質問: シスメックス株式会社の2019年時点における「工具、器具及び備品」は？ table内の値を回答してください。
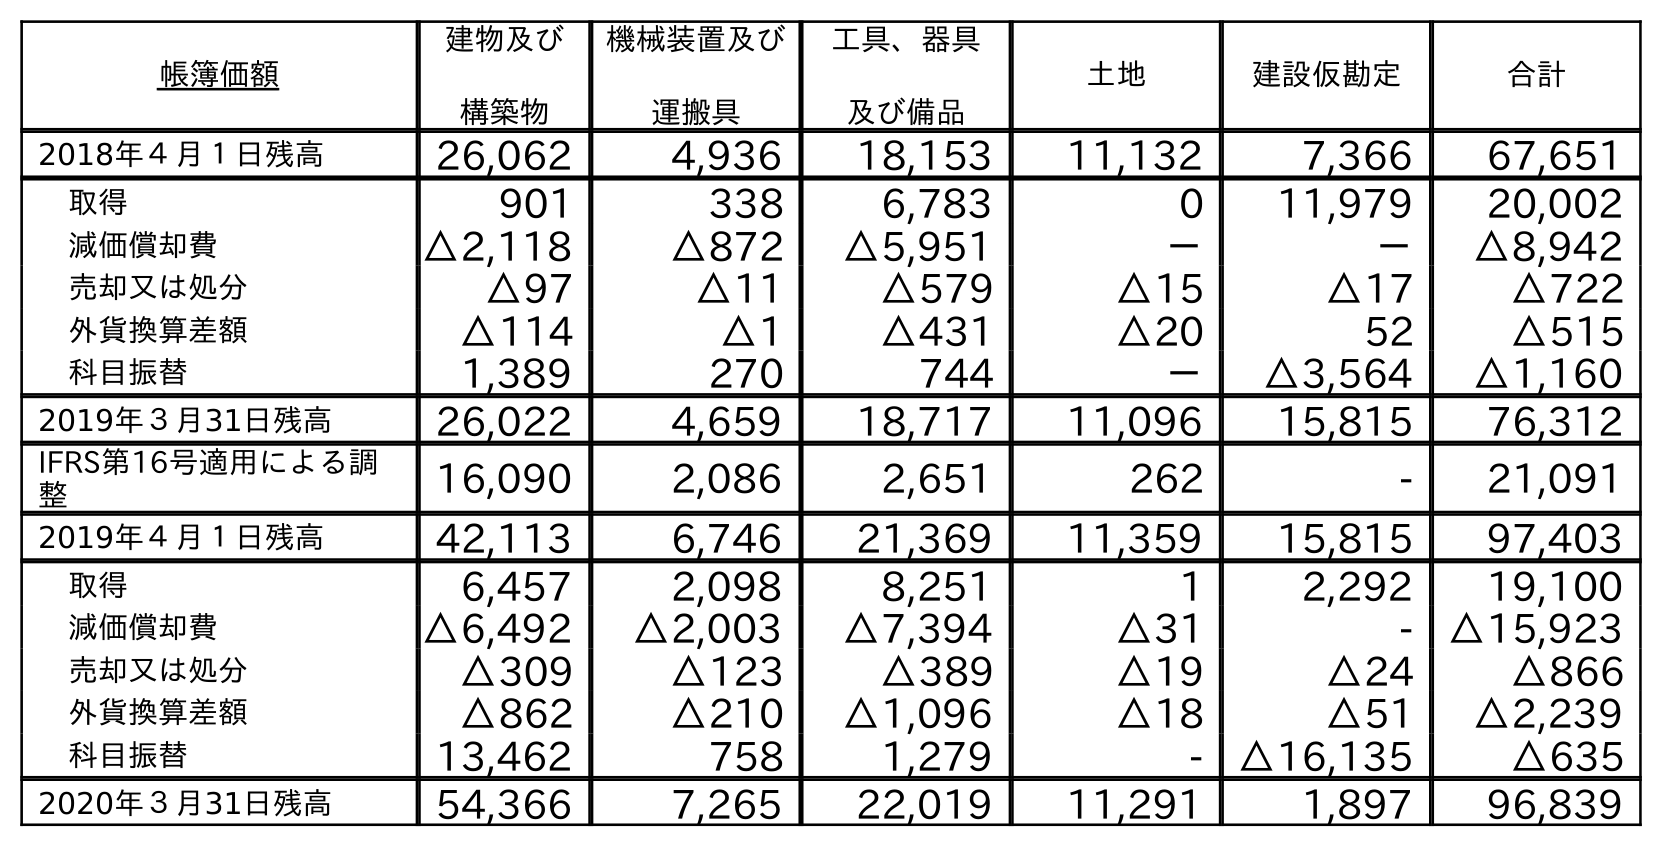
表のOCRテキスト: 帳簿価額 建物及び 構築物 機械装置及び 運搬具 工具、器具 及び備品 土地 建設仮勘定 合計 2018年４月１日残高 26,062 4,936 18,153 11,132 7,366 67,651 取得 901 338 6,783 0 11,979 20,002 減価償却費 △2,118 △872 △5,951 － － △8,942 売却又は処分 △97 △11 △579 △15 △17 △722 外貨換算差額 △114 △1 △431 △20 52 △515 科目振替 1,389 270 744 － △3,564 △1,160 2019年３月31日残高 26,022 4,659 18,717 11,096 15,815 76,312 IFRS第16号適用による調 整 16,090 2,086 2,651 262 - 21,091 2019年４月１日残高 42,113 6,746 21,369 11,359 15,815 97,403 取得 6,457 2,098 8,251 1 2,292 19,100 減価償却費 △6,492 △2,003 △7,394 △31 - △15,923 売却又は処分 △309 △123 △389 △19 △24 △866 外貨換算差額 △862 △210 △1,096 △18 △51 △2,239 科目振替 13,462 758 1,279 - △16,135 △635 2020年３月31日残高 54,366 7,265 22,019 11,291 1,897 96,839
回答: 18,717